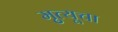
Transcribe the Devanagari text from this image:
मृुत्यूचा